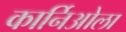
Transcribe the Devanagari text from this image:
कार्निओला